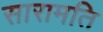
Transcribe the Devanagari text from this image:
सारामति